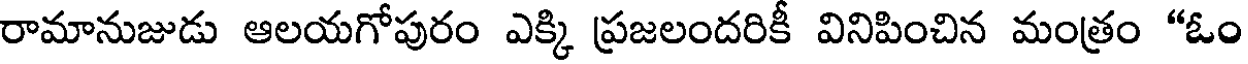
రామానుజుడు ఆలయగోపురం ఎక్కి ప్రజలందరికీ వినిపించిన మంత్రం "ఓం